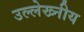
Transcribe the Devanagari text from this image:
उल्लेख्नीय